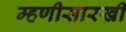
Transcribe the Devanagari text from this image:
म्हणीसारखी